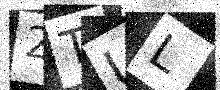
Text: 2TUL